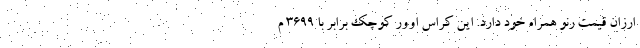
ارزان قیمت رنو همراه خود دارد. این کراس اوور کوچک برابر با 3699 م